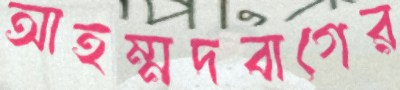
আহম্মদবাগের